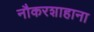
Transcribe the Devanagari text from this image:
नौकरशाहाना